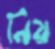
নিয়